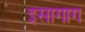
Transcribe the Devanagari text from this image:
इसागाग